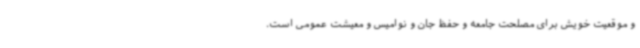
و موقعیت خویش برای مصلحت جامعه و حفظ جان و نوامیس و معیشت عمومی است.